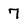
Character: 7